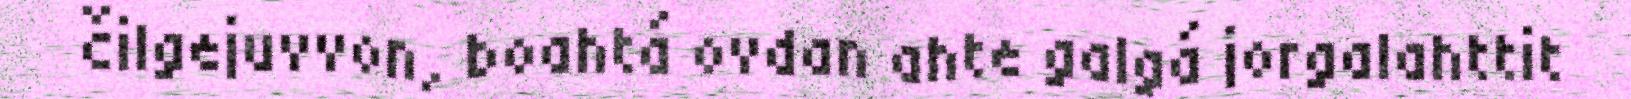
čilgejuvvon, boahtá ovdan ahte galgá jorgalahttit